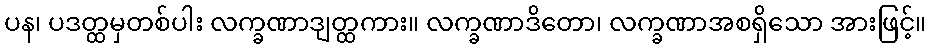
ပန၊ ပဒတ္ထမှတစ်ပါး လက္ခဏာဒျတ္ထကား။ လက္ခဏာဒိတော၊ လက္ခဏာအစရှိသော အားဖြင့်။